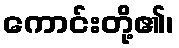
ကောင်းတို့၏၊